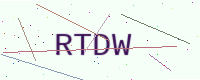
Text: RTDW